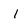
Character: I